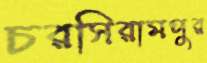
চরসিরামপুর